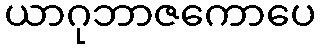
ယာဂုဘာဇကောပေ